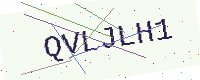
Text: QVLJLH1